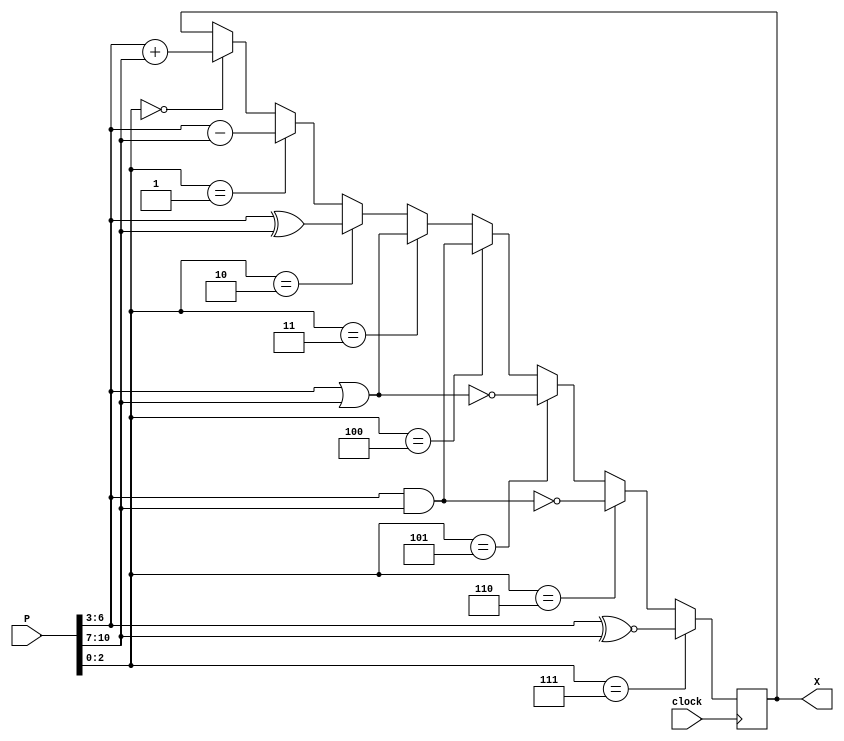
module alu(P,X,clock);
input clock;
input[10:0] P;
reg[3:0] a,b;
reg[2:0] op;
output[3:0] X;
reg[3:0] X;
assign op = P[2:0];
assign a = P[6:3];
assign b = P[10:7];
always@(posedge(clock))
begin
	if(op==0)
		X <= a+b;
	if(op==1)
		X<= a-b;
	if(op==2)
		X<= a^b;
	if(op==3)
		X<= a|b;
	if(op==4)
		X<= a&b;
	if(op==5)
		X<=a~|b;
	if(op==6)
		X<=a~&b;
	if(op==7)
		X<=a~^b;
end
endmodule